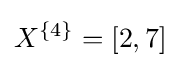
X^{\{4\}}=[2,7]